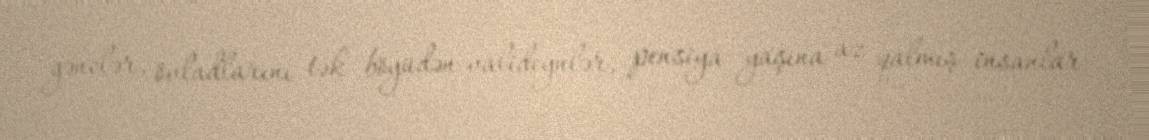
gənclər, övladlarını tək böyüdən valideynlər, pensiya yaşına az qalmış insanlar